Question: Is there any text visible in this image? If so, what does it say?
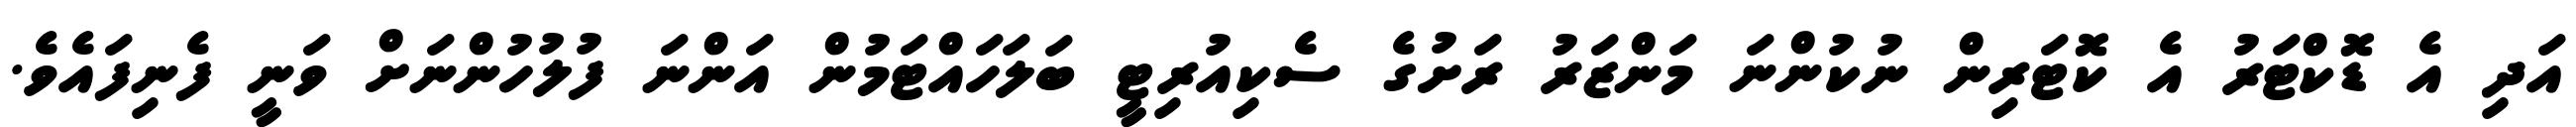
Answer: އަދި އެ ޑޮކްޓަރު އެ ކޮޓަރިން ނުކުންނަ މަންޒަރު ރަށުގެ ސެކިއުރިޓީ ބަލަހައްޓަމުން އަންނަ ފުލުހުންނަށް ވަނީ ފެނިފައެވެ.